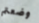
وضعتم